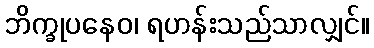
ဘိက္ခုပနေဝ၊ ရဟန်းသည်သာလျှင်။